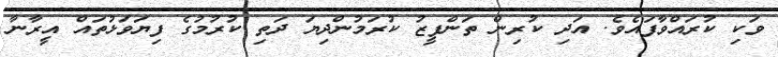
ވަކި ކުރައްވާފައެވެ. އަދި ކުރިން ތަންފީޒު ކުރަމުންދިޔަ ދަތި ކުރުމުގެ ފިޔަވަޅުތައް އީރާނާ